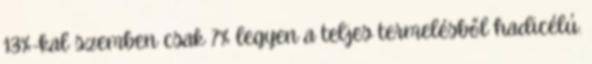
13%-kal szemben csak 7% legyen a teljes termelésből hadicélú.